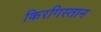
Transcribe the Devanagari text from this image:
किरगिस्तान